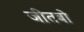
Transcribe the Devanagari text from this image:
जीतबो